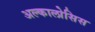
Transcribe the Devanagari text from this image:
अल्कालोसिस